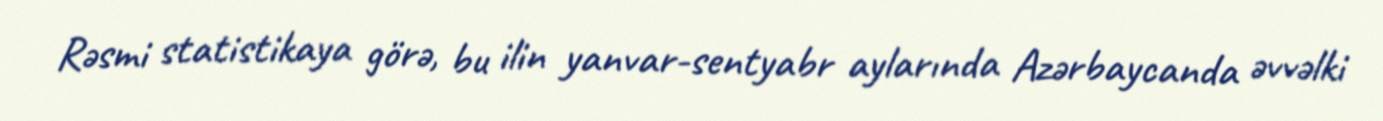
Rəsmi statistikaya görə, bu ilin yanvar-sentyabr aylarında Azərbaycanda əvvəlki